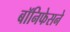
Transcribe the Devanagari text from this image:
बॉनिफेसने